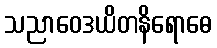
သညာဝေဒယိတနိရောဓေ